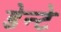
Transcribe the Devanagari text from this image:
डेन्टे